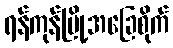
ရန်ကုန်မြို့အခြေစိုက်